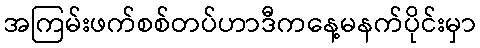
အကြမ်းဖက်စစ်တပ်ဟာဒီကနေ့မနက်ပိုင်းမှာ